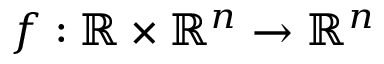
f : \mathbb { R } \times \mathbb { R } ^ { n } \rightarrow \mathbb { R } ^ { n }